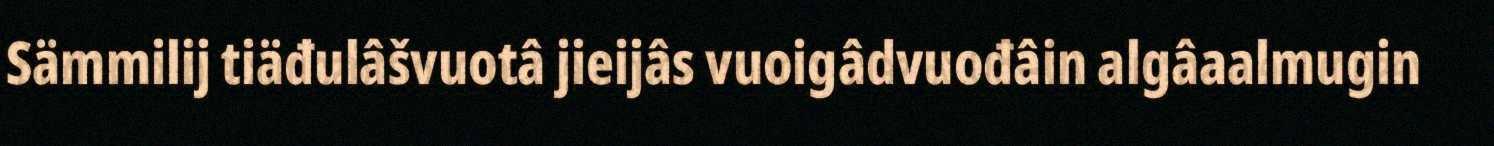
Sämmilij tiäđulâšvuotâ jieijâs vuoigâdvuođâin algâaalmugin